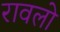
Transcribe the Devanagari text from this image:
रावलो